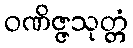
ဝဏိဇ္ဇသုတ္တံ